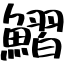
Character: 鰼